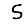
Digit: 5